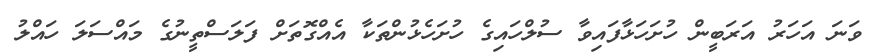
ވަނަ އަހަރު އަރަބީން ހުށަހަޅާފައިވާ ސުލްހައިގެ ހުށަހެޅުންތަކާ އެއްގޮތަށް ފަލަސްތީނުގެ މައްސަލަ ހައްލު